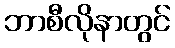
ဘာစီလိုနာတွင်